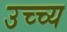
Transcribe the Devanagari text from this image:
उच्च्य